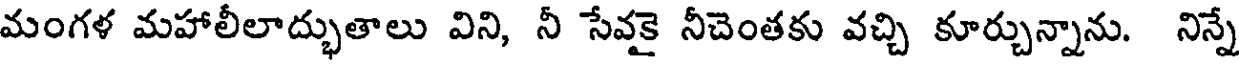
మంగళ మహాలీలాద్భుతాలు విని, నీ సేవకై నీచెంతకు వచ్చి కూర్చున్నాను. నిన్నే